Vital statistics of India. Vol. VI, European troops 1870-79
Year: 1870
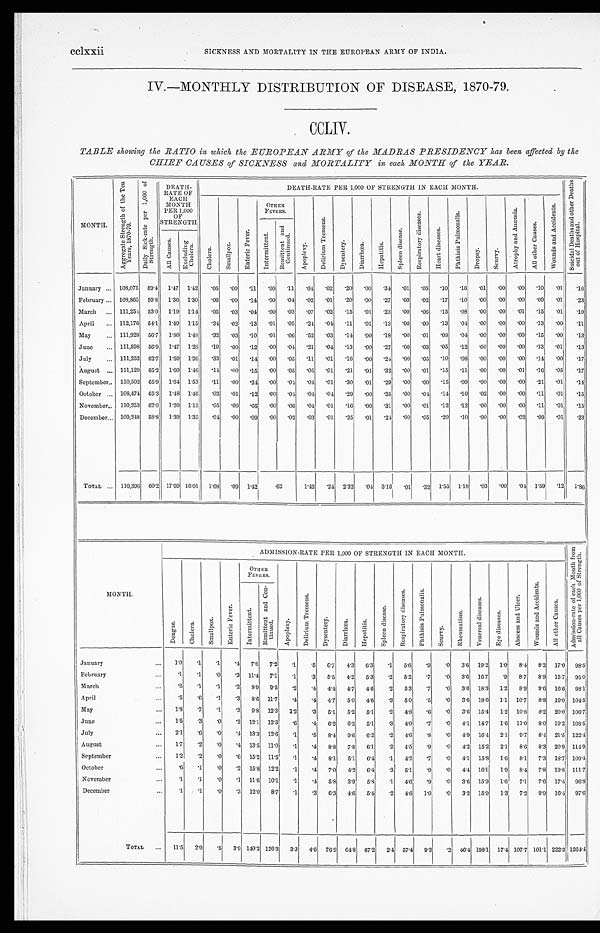
cclxxii
SICKNESS AND MORTALITY IN THE EUROPEAN ARMY OF INDIA.
IV.—MONTHLY DISTRIBUTION OF DISEASE, 1870-79.
CCLIV.
TABLE showing the RATIO in which the EUROPEAN ARMY of the MADRAS PRESIDENCY has been affected by the
CHIEF CAUSES of SICKNESS and MORTALITY in each MONTH of the YEAR.
MONTH.
A g g r e g a t e S t r e n g t h o f t h e T e n Y e a r s , 1 8 7 0 - 7 9 .
D a i l y S i c k - r a t e p e r 1 , 0 0 0 o f S t r e n g t h .
DEATH-
RATE OF
EACH
MONTH
PER 1,000
OF
STRENGTH
DEATH-RATE PER 1,000 OF STRENGTH IN EACH MONTH.
S u i c i d a l D e a t h s a n d o t h e r D e a t h s o u t H o s p i t a l .
C h o l e r a .
S m a l l p o x .
E n t e r i c F e v e r
OTHER
FEVERS.
A p o p l e x y .
D e l i r i u m T r e m e n s .
Dy s e n t e r y .
D i a r r h œ a .
H e p a t i t i s .
S p l e e n d i s e a s e .
R e s p i r a t o r y d i s e a s e s .
H e a r t d i s e a s e s .
P h t h i s i s P u l m o n a l i s .
D r o p s y .
S c u r v y .
A t r o p h y a n d A n æ m i a .
A l l o t h e r C a u s e s .
W o u n d s a n d A c c i d e n t s .
I n t e r m i t t e n t .
R e m i t t e n t a n d C o n t i n u e d .
A l l C a u s e s .
Ex c l udi ng Chol er a.
January ...
108,075 59.1
1.47 1.42 .05
. 0 0 .11
. 0 0
. 1 1
. 0 4 .02
.20
.00
.34
.01
.05
.10
.16
.01
. 0 0
. 0 0 .10
.01
.16
February ... 108,865 59.8 1.36 1.30 .06
.00
.14
00
. 0 4 .02
. 0 1 .20
.00
.27
.00
. 0 2 .17
.10
.00
.00
. 0 0
. 0 9 .01
.23
March
... 111,254 53.0 1.19 1.14 .05
.03
.01
.00
. 0 3 .07
.02
.15
.01
.23
.00
.06
.15
. 0 8 .00
.00
. 0 1 15
.01
.10
April
... 112,176 54.1 1.49 1.15
.34 .02
.13
. 0 1
. 0 5 .24 .04 .11
.01
.13
.00
. 0 0 .13
.04 .00
.00
. 0 0 .13
.00
.11
May
... 111,929 56.7
1.80 1.48
.32
.03
.10
. 0 1
. 0 6 .52
.03
. 1 4 .00
.18
.00
.01
.08
.04 .00
.00
. 0 0 .15
.00
.13
June
... 111,598 56.9 1.47 1.28
.19
.00
.12
. 0 0
. 0 4 .21
.04
.13
.00
.27
.00
.03
.05
.12
. 0 0 .00
. 0 0 .13
.01
.13
July
... 111,252 62.7 1.59 1.26
.33
.01
. 1 4 .00
. 0 5 .11
.01
.16
.00
.24
.00
.05
.10
.08 .00
.00
. 0 0 .14
.00
.17
August ... 111,129 65.2 1.60 1.46
.14 .00
.15
00
. 0 5 .05
.01
.21
.01
.32
.00
.01
.15
.11
.00
.00
. 0 1 .16
.05
.17
September..
110,502 65 .9
1.64 1.53
.11
.00
.24
. 0 0
. 0 4 .04
.01
.30
. 0 1 .29
.00
. 0 0 .15
.09
.00
.00
. 0 0 .21
.01
.14
October ... 105.474 65.3 1.48 1.46
.02
. 0 1 .12
. 0 0
. 0 4 .04 .04 .29
.00
.35
.00
.04
.14 .10
.02
. 0 0
. 0 0 .11
.01
.15
November... 110,253 62.0 1.20 1.15
.05
.00
.05
.00
. 0 6 .04 .01
.16 .00
.31
.00
.01
.12
. 1 2 .00
.00
. 0 0 .11
.01
.15
December... 109,248 58.8 1.39 1.35
.01
.00
.09
. 0 0
. 0 2 .03
.01
.25
. 0 1 .21
.00
.05
.20
.10
.00
. 0 0
. 0 2
. 0 9 .01
.23
TOTAL ...
110,396 60.2 17.69 16.01 1.68
.09 1.42
.62
1.42 .24 2.32
. 0 4 3.16
.01
. 3 2 1.55 1.18
.03
.00
. 0 4 1.59 .12
1.86
M O N T H .
ADMISSION-RATE PER 1,000 OF STRENGTH IN EACH MONTH.
A d m i s s i o n - r a t e o f e a c h M o n t h f r o m a l l C a u s e s p e r 1 , 0 0 0 o f S t r e n g t h .
D e n g u e .
C h o l e r a .
S m a l l p o x .
E n t e r i c F e v e r .
O T H E R F E V E R S .
A p o p l e x y .
D e l i r i u m T r e m e n s .
D y s e n t e r y .
D i a r r h œ a .
H e p a t i t i s .
S p l e e n d i s e a s e .
R e s p i r a t o r y d i s e a s e s .
P h t h i s i s P u l m o n a l i s .
S c u r v y .
R h e u m a t i s m .
V e n e r e a l d i s e a s e s .
E y e d i s e a s e s .
A b s c e s s a n d U l c e r .
W o u n d s a n d A c c i d e n t s .
A l l o t h e r C a u s c s .
I n t e r m i t t e n t .
R e m i t t e n t a n d C o n - t i n u e d .
January
...
1.0
.1
.1
.4
7.8 7.2
.1
.5
6 . 7 4.3
6.3
.1
5.6
.9
.0
3.6 19.2
1.0
8.4
8.2 17.0 98.5
February
...
.1
.1
.0
.3 11.4 7.1
.1
.3
5.5
4.2 5.3
.2
5.2
.7
.0
3.6 16.7
.9
8.7
8.9 15.7 95.0
March
...
.6
.1
.1
.2
8.9
9.5
.2
.4
4.4 4.7 4.6
.2
5.3
.7
.0
3.6 18.3
1.2
8 . 9 9.6 16.6. 98.1
April
...
.5
.6
.1
.3
8.6 11.7
.4
.4
4.7
5.0 4.6
.3
5.0
.5
.0
3.6 18.6
1.1 10.7
8.8 19.0 104.5
May
...
1.8
.7
.1
.3
9.8 12.3 1.2
.3
5.1
5.2
5.1
.2
4.8
.6
.0
3.6 15.1
1.2 10.8
8.2 20.0 106.7
June
...
1.5
.3
.0
.2 12.1 12.3
.6
.4
6.2
6.2
5.1
.3
4.0
.7
.0
4.1 14.7
1.6 11.0
8.0 19.2 108.5
July
...
2.1
.6
.0
.4 13.3 12.6
.1
.5
8.4
9.6
6.2
.2
4.6
. 8
.0
4 . 9 16.4
2.1
9.7
8.4
2 1 . 5
122.4
August
...
1.7
.2
.0
.4 13.5 11.0
.1
.4
8.8
7.8
6.1
.2
4.5
.9
.0
4.2 15.2
2.1
8.6
8.3 20.9 114.9
September
...
1.2
.2
.0
.6 15.2 11.5
.1
.4
8.1
5.1
6.4
.1
4.2
.7
.0
4.1 15.8
1.6
8.1
7.3 18.7 109.4
October
. . .
.6
.1
.0
.2 15.8 12.2
.1
.4
7.0
4.2
6.4
.3
5.1
.9
.0
4.4 16.1
1.9
8.4
7.8 19.8 111.7
November
...
.1
.1
.0
.1 11.6 10.1
.1
. 4 5.8
3.9
5.8
.1
4.6
.9
.0
3.6 15.9
1.6
7 . 1
7 . 6 17.4 96.8
December
...
.1
.1
.0
.3 12.0
8.7
.1
.3
6.3
4.6
5.1
.2
4.6
1.0
.0
3.2 15.9
1.3
7.2
9.9 16.4 97.6
TOTAL
...
11.5
2.9
.5
3.9 140.2 126.3
3.3 4.6 76.9 6.18 67.2
2.4 57.4
9.3
.2 46.4 198.1 17.4 107.7 101.1 222.3 1264.4